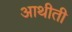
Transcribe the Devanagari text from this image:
आथीती